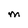
Character: M